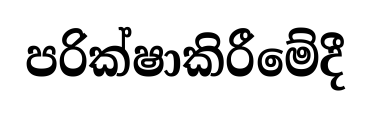
පරික්ෂාකිරීමේදී